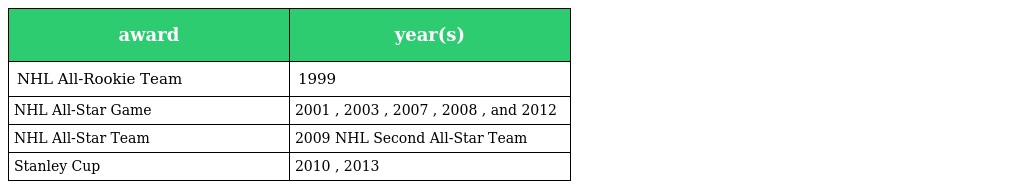
| award | year(s) |
 | --- | --- |
 | NHL All-Rookie Team | 1999 |
 | NHL All-Star Game | 2001 , 2003 , 2007 , 2008 , and 2012 |
 | NHL All-Star Team | 2009 NHL Second All-Star Team |
 | Stanley Cup | 2010 , 2013 |